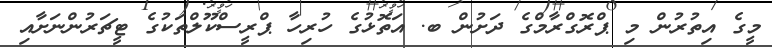
މީގެ އިތުރުން މި ޕްރޮގްރާމްގެ ދަށުން ބ. އަތޮޅުގެ ހުރިހާ ޕްރީސްކޫލްތަކުގެ ޓީޗަރުންނަށާއި